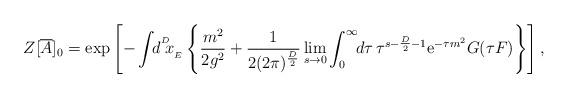
LaTeX: \begin{align*}Z[{\overline{A}}]_{0}=\exp\left[-\int\!\!d^{^{D}}\!\!x_{_{E}}\left\{{m^{2}\over2g^{2}}+{1\over2(2\pi)^{{D\over2}}}\lim_{s\rightarrow0}\int_{0}^{\infty}\!\!d\tau\,\tau^{s-{D\over2}-1}{\mathrm{e}}^{-\tau m^{2}}G(\tau F)\right\}\right],\end{align*}